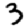
Digit: 3